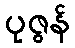
ပုဇွန်